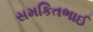
સમકિતભાઈ